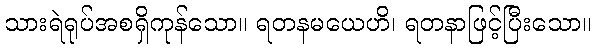
သားရဲရုပ်အစရှိကုန်သော။ ရတနမယေဟိ၊ ရတနာဖြင့်ပြီးသော။